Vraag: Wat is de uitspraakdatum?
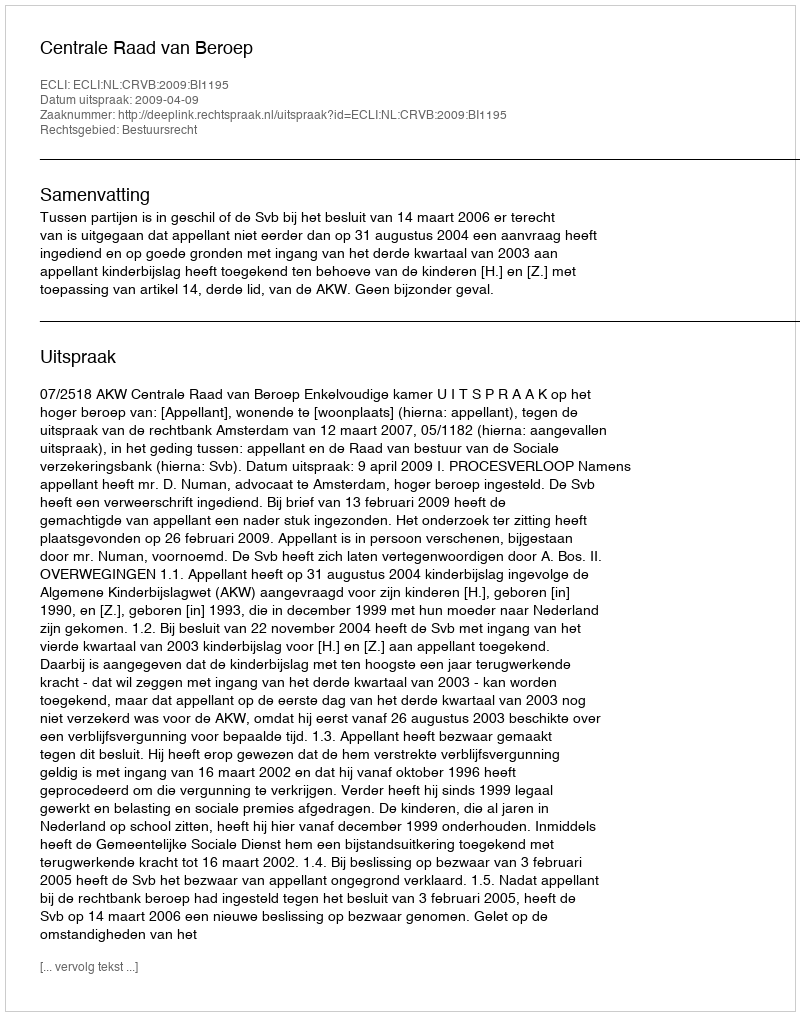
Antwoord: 2009-04-09